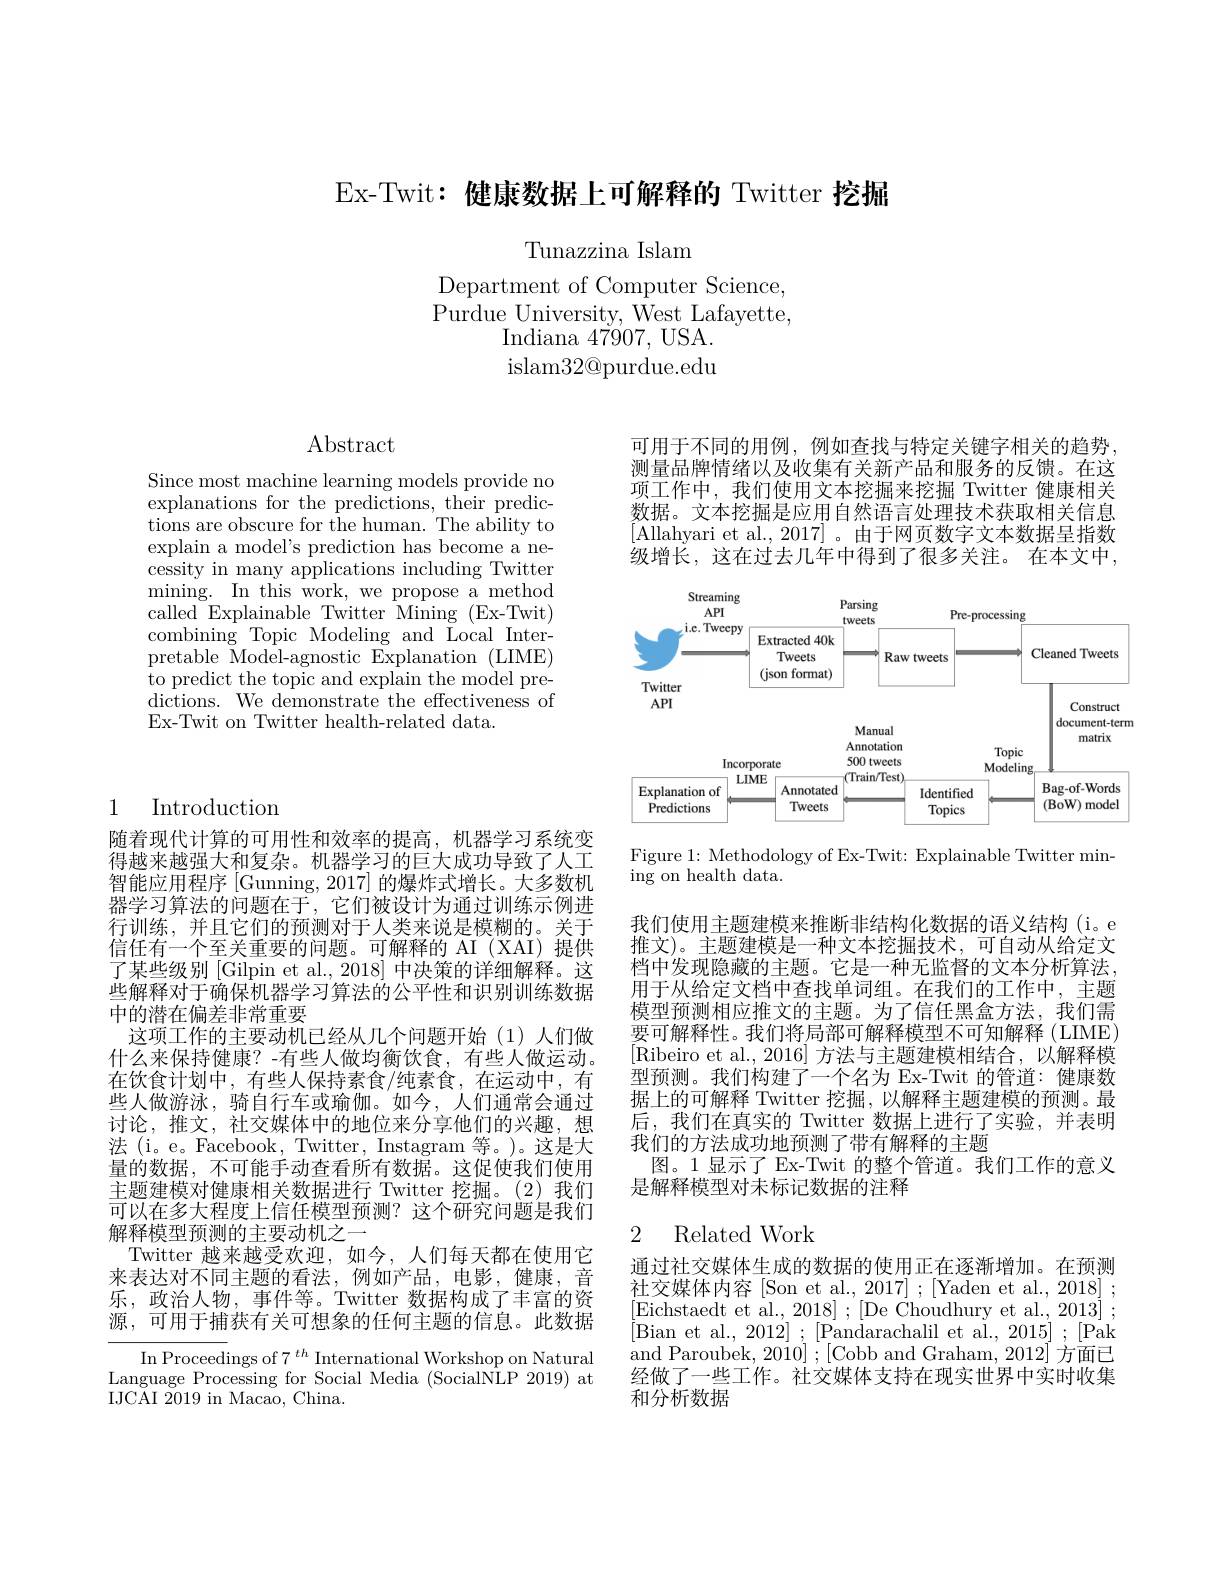
Ex-Twit: 健康数据上可解释的 Twitter 挖掘

Tunazzina Islam

Department of Computer Science, Purdue University, West Lafayette,
Indiana 47907, USA. islam32@ purdue. edu

Abstract

Since most machine learning models provide no explanations for the predictions, their predictions are obscure for the human. The ability to explain a model's prediction has become a necessity in many applications including Twitter mining. In this work, we propose a method called Explainable Twitter Mining (Ex-Twit) combining Topic Modeling and Local Interpretable $\overset{\mathrm{U}}{\operatorname*{\text{Model-agnostic Explanation (LIME)}}}$ ${\mathrm{~to~predict~the~topic~and~explain~the~model~pre-}}$ $\bar{\text{dictions. We demonstrate the effectiveness of}}$ Ex-Twit on Twitter health-related data.

## 1 Introduction

随着现代计算的可用性和效率的提高，机器学习系统变得越来越强大和复杂。机器学习的巨大成功导致了人工智能应用程序$\left[\mathrm{Gunning,2017}\right]$的爆炸式增长。大多数机器学习算法的问题在于，它们被设计为通过训练示例进行训练，并且它们的预测对于人类来说是模糊的。关于信任有一个至关重要的问题。可解释的 AI (XAI) 提供了某些级别 [Gilpin et al.,2018] 中决策的详细解释。这些解释对于确保机器学习算法的公平性和识别训练数据中的潜在偏差非常重要
这项工作的主要动机已经从几个问题开始(1)人们做什么来保持健康？-有些人做均衡饮食，有些人做运动。在饮食计划中，有些人保持素食/纯素食，在运动中，有些人做游泳，骑自行车或瑜伽。如今，人们通常会通过讨论，推文，社交媒体中的地位来分享他们的兴趣，想法 (i。e。Facebook, Twitter, Instagram 等。)。这是大量的数据，不可能手动查看所有数据。这促使我们使用主题建模对健康相关数据进行 Twitter 挖掘。(2)我们可以在多大程度上信任模型预测？这个研究问题是我们解释模型预测的主要动机之一
Twitter 越来越受欢迎，如今，人们每天都在使用它来表达对不同主题的看法，例如产品，电影，健康，音乐，政治人物，事件等。Twitter 数据构成了丰富的资源，可用于捕获有关可想象的任何主题的信息。此数据
In Proceedings of 7 $^{th}$ International Workshop on Natural Language Processing for Social Media (SocialNLP 2019) at

IJCAI $\tilde{2019}$ in Macao, China.

可用于不同的用例，例如查找与特定关键字相关的趋势， 测量品牌情绪以及收集有关新产品和服务的反馈。在这项工作中，我们使用文本挖掘来挖掘 Twitter 健康相关数据。文本挖掘是应用自然语言处理技术获取相关信息[Allahyari et al., 2017]。由于网页数字文本数据呈指数级增长，这在过去几年中得到了很多关注。在本文中，

<FigureHere>

Figure 1: Methodology of Ex-Twit: Explainable Twitter min-
ing on health data.

我们使用主题建模来推断非结构化数据的语义结构(i。e 推文)。主题建模是一种文本挖掘技术，可自动从给定文档中发现隐藏的主题。它是一种无监督的文本分析算法， 用于从给定文档中查找单词组。在我们的工作中，主题模型预测相应推文的主题。为了信任黑盒方法，我们需要可解释性。我们将局部可解释模型不可知解释(LIME) [Ribeiro et al., 2016] 方法与主题建模相结合，以解释模型预测。我们构建了一个名为 Ex-Twit 的管道：健康数据上的可解释 Twitter 挖掘，以解释主题建模的预测。最后，我们在真实的 Twitter 数据上进行了实验，并表明我们的方法成功地预测了带有解释的主题
图。1 显示了 Ex-Twit 的整个管道。我们工作的意义
是解释模型对未标记数据的注释

### 2 Related Work

通过社交媒体生成的数据的使用正在逐渐增加。在预测社交媒体内容[Son et al., 2017] ;[Yaden et al., 2018] ; [Bian et al., 2012] ; [Pandarachalil et al., 2015] ; [Pak and Paroubek, 2010$]\stackrel{'}{;}[$Cobb and Graham, 2012$]\stackrel{'}{\text{方面已}}$ 经做了一些工作。社交媒体支持在现实世界中实时收集和分析数据